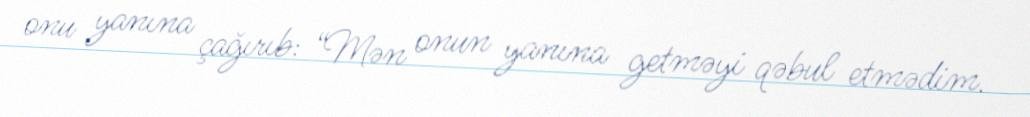
onu yanına çağırıb: “Mən onun yanına getməyi qəbul etmədim.